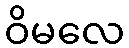
ဝိမလေ